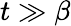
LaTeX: t\gg\beta